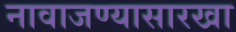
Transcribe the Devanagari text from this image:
नावाजण्यासारखा